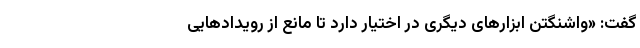
گفت: «واشنگتن ابزارهای دیگری در اختیار دارد تا مانع از رویدادهایی